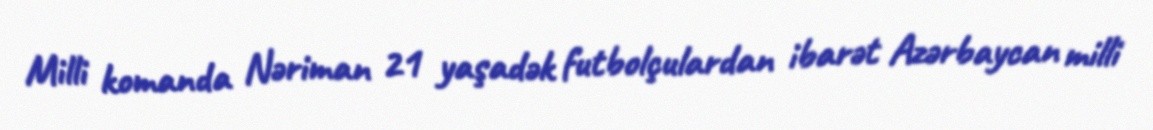
Milli komanda Nəriman 21 yaşadək futbolçulardan ibarət Azərbaycan milli